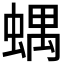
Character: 𧍪